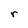
Character: r